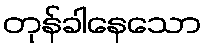
တုန်ခါနေသော